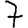
Digit: 7